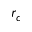
r _ { c }